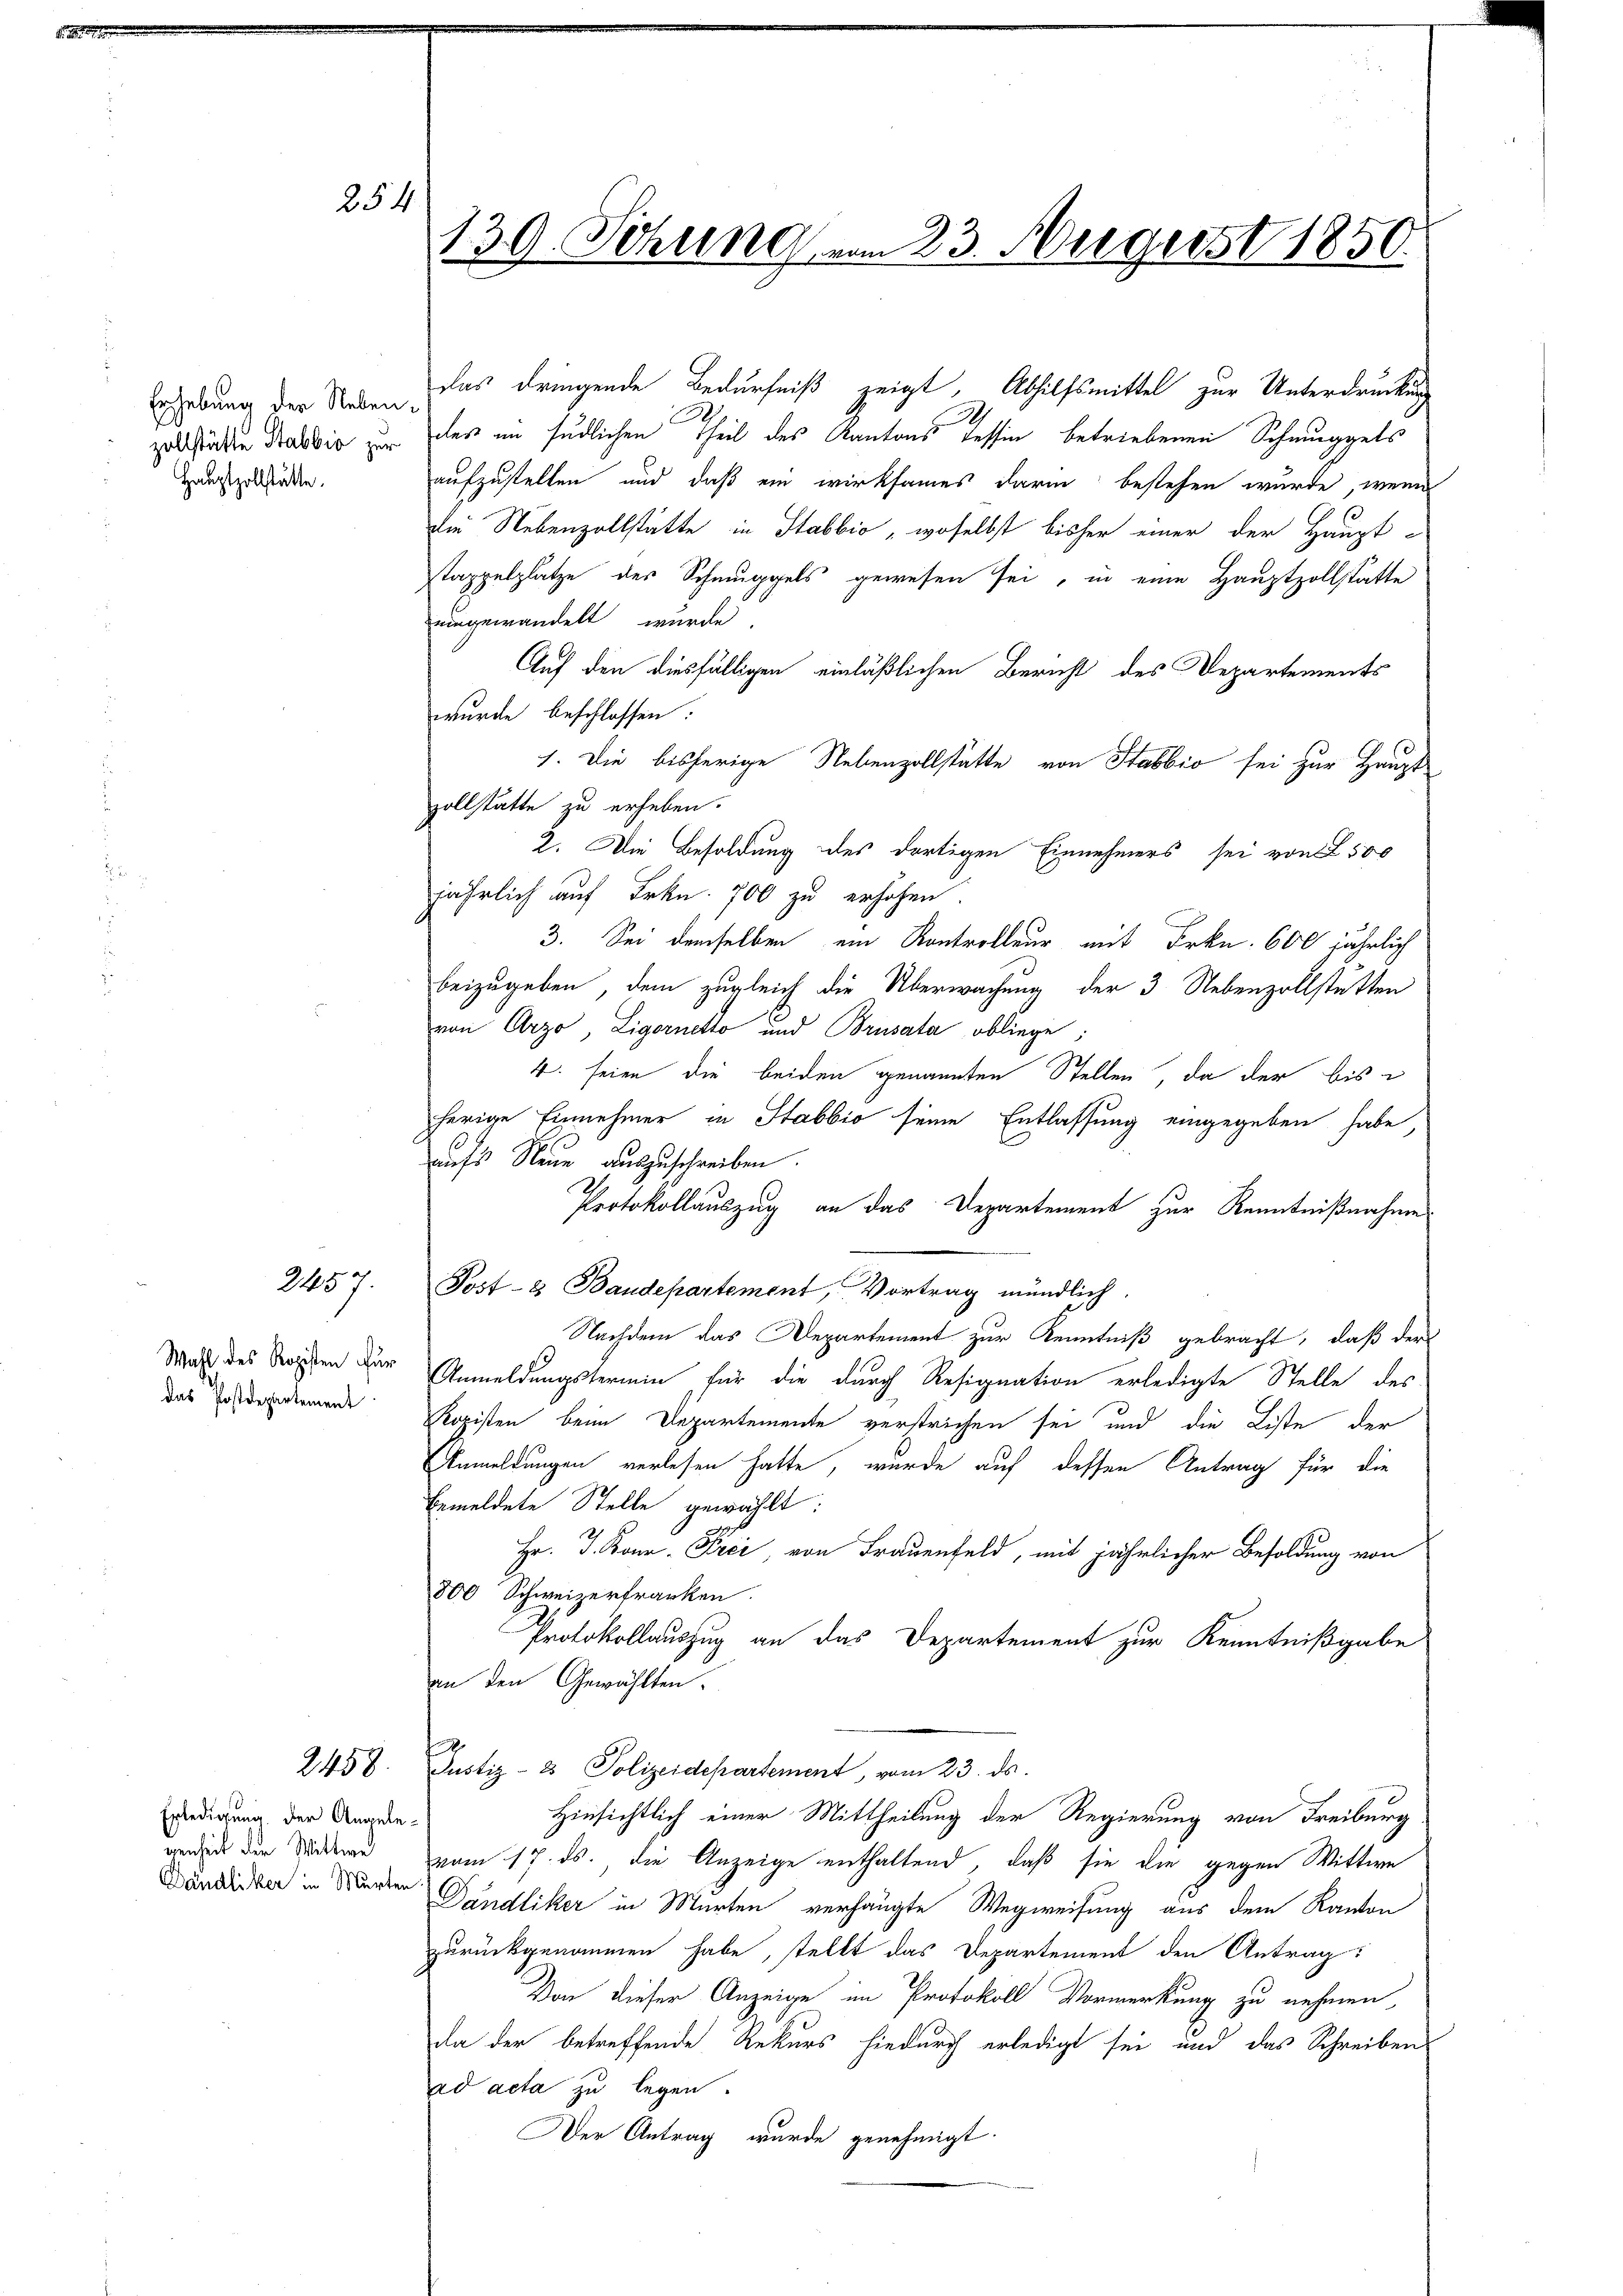
Erhebung der Nebenzollstätte Stabbia zur
Hauptzollstätte.

Wahl des Kopisten für
Das Postdepartement

Erledigung der Angelegenheit der Wittwe

254
139. Sitzung vom 23. August 1850.

2457.

2458.

das dringende Bedürfniß zeigt, Abhilfsmittel zur Unterdrückung
des im südlichen Theil des Kantons Tessin betriebenen Schmuggels
aufzustellen und daß ein wirksames darin bestehen wurde, wenn
die Nebenzollstätte in Stabbio, woselbst bisher einer der Haupt-
stappelplatze des Schmuggels gewesen sei, in eine Hauptzollstätte
umgewandelt wurde.
Auf den diesfälligen einläßlichen Bericht des Departements
wurde beschlossen:
1. Die bisherige Nebenzollstätte von Stabbio sei zur Haupt
zollstätte zu erheben.
2. Die Besoldung des dortigen Einnehmers sei von 2500
jährlich auf Frkn. 700 zu erhöhen.
3. Sei demselben ein Kontrolleur mit Frkn. 600 jährlich
beizugeben, dem zugleich die Überwachung der 3. Nebenzollstätten
von Arzo, Ligernetto und Brusala obliege
4. seien die beiden genannten Stellen, da der bis
herige Einnehmer in Stabbio seine Entlassung eingegeben habe,
aufs Neue auszuschreiben.
Protokollauszug an das Departement zur Kenntnißnahme
Post- & Baudepartement, Vortrag mündlich.
Nachdem das Departement zur Kenntniß gebracht, daß der
Anmeldungstermin für die durch Resignation erledigte Stelle des
Ropisten beim Departemente verstrichen sei und die Liste der
Anmeldungen verlesen hatte, wurde auf dessen Antrag für die
bemeldete Stelle gewählt:
Hr. J. Bonn. Frei, von Frauenfeld, mit jährlicher Besoldung von
800 Schweizerfranken.
Protokollauszug an das Departement zur Kenntnißgabe
an den Gewählten.
Justiz- & Polizeidepartement, vom 23. ds.
Hinsichtlich einer Mittheilung der Regierung von Freiburg
vom 17. ds., die Anzeige enthaltend, daß sie die gegen Wittwe
Dändliker in Munden Dändliker in Marten verhängte Wegweisung aus dem Kanton
zurückgenommen habe, stellt das Departement den Antrag:
Von dieser Anzeige im Protokoll Vormerkung zu nehmen,
da der betreffende Rekurs hiedurch erledigt sei und das Schreiben
ad acta zu legen.
Der Antrag wurde genehmigt.